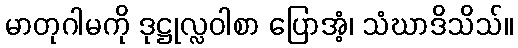
မာတုဂါမကို ဒုဋ္ဌုလ္လဝါစာ ပြောအံ့၊ သံဃာဒိသိသ်။